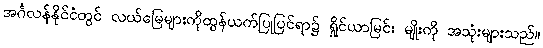
အင်္ဂလန်နိုင်ငံတွင် လယ်မြေများကိုထွန်ယက်ပြုပြင်ရာ၌ ရှိုင်ယာမြင်း မျိုးကို အသုံးများသည်။